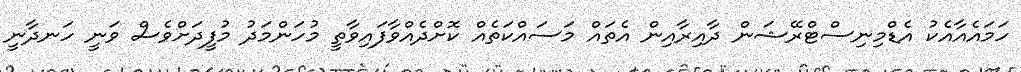
ހަމައެއާއެކު އެޑްމިނިސްޓްރޭޝަން ދާއިރާއިން އެތައް މަސައްކަތެއް ކޮށްދެއްވާފައިވާތީ މުހަންމަދު މުފީދަށްވެސް ވަނީ ހަނދާނީ